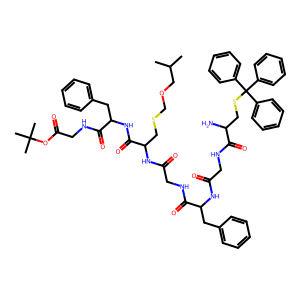
SMILES: CC(C)COCSCC(NC(=O)CNC(=O)C(Cc1ccccc1)NC(=O)CNC(=O)C(N)CSC(c1ccccc1)(c1ccccc1)c1ccccc1)C(=O)NC(Cc1ccccc1)C(=O)NCC(=O)OC(C)(C)C
Inhibits HIV replication: No